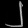
Digit: ၂